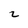
Character: 2